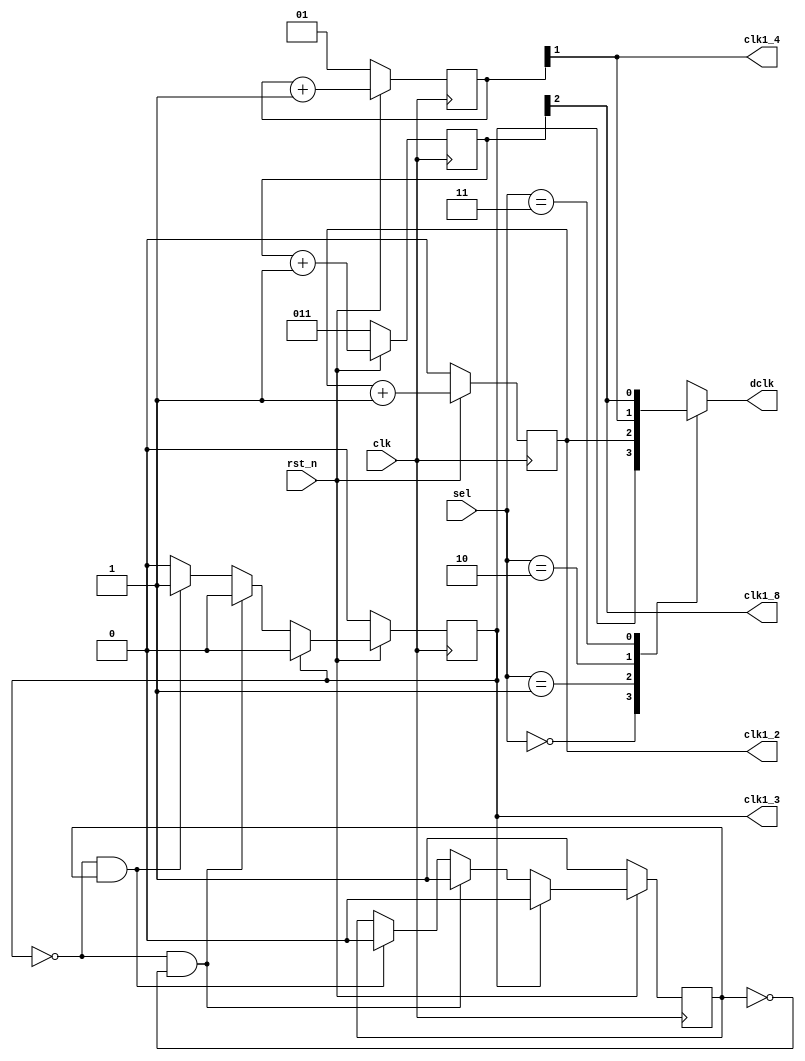
`timescale 1ns / 1ps

module Clock_Divider(sel, rst_n, clk, clk1_2, clk1_4, clk1_8, clk1_3, dclk);
input [1:0] sel;
input rst_n, clk;
output clk1_2, clk1_4, clk1_8, clk1_3, dclk;
reg In ;
reg [1:0] In_1;
reg [2:0] In_2;
reg In_3;
reg count = 1'b1;
reg dclk;
always @(posedge clk) 
begin
    if(~rst_n) 
        In <= 1'b0;
    else
        In <= In + 1'b1;    
end
assign clk1_2 = In;

always @(posedge clk) 
begin
    if(~rst_n) 
        In_1 <= 2'b01;
    else
        In_1 <= In_1 + 2'b01;    
end
assign clk1_4 = In_1[1];

always @(posedge clk) 
begin
    if(~rst_n) 
        In_2 <= 3'b011;
    else
        In_2 <= In_2 + 3'b001;    
end
assign clk1_8 = In_2[2]; 

always @(posedge clk) 
begin
    if(~rst_n)
    begin 
        In_3 <= 1'b0;
        count <= 1'b1;
    end
    else if(In_3 == 1'b1)
    begin 
        In_3 <= 1'b0;
        count <= 1'b0;
    end
    else if(In_3 == 1'b0 && count == 1'b0)
    begin
        In_3 <= In_3;
        count <= 1'b1;
    end
    else if(In_3 == 1'b0 && count == 1'b1)
    begin
        In_3 <= 1'b1;
        count <= 1'b0;
    end
end
assign clk1_3 = In_3;

always @(*)
    case(sel)
    2'b00: dclk = In_3; //clk1_3
    2'b01: dclk = In;//clk1_2
    2'b10: dclk = In_1[1];//clk1_4
    2'b11: dclk = In_2[2];//clk1_8
    default: dclk = 0;
    endcase
endmodule